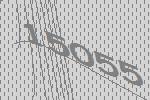
15055